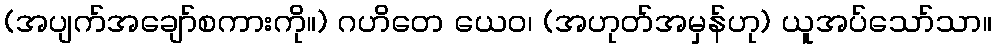
(အပျက်အချော်စကားကို။) ဂဟိတေ ယေဝ၊ (အဟုတ်အမှန်ဟု) ယူအပ်သော်သာ။